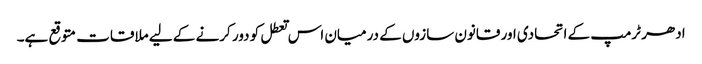
ادھر ٹرمپ کے اتحادی اور قانون سازوں کے درمیان اس تعطل کو دور کرنے کے لیے ملاقات متوقع ہے۔